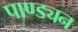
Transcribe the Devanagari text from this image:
पाण्ड्यन